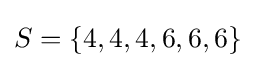
S=\{4,4,4,6,6,6\}